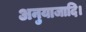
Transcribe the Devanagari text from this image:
अनुयाजादि।